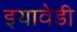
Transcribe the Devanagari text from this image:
इयावेडी